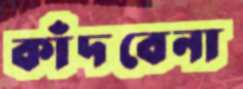
কাঁদবেনা